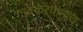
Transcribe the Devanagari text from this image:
गावकरयांनाच